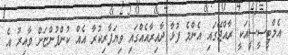
އެމްޓީސީސީއަކީ ރާއްޖޭގައި އެންމެ ފުޅާ ދާއިރާއެއްގައި ވިޔަފާރިކުރާ އެއް ކުންފުންޏަށް ވާއިރު އެ